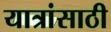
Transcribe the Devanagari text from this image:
यात्रांसाठी